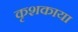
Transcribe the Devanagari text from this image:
कृशकाया